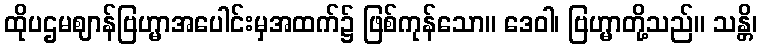
ထိုပဌမဈာန်ဗြဟ္မာအပေါင်းမှအထက်၌ ဖြစ်ကုန်သော။ ဒေဝါ၊ ဗြဟ္မာတို့သည်။ သန္တိ၊